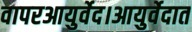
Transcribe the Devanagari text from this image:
वापरआयुर्वेद।आयुर्वेदात